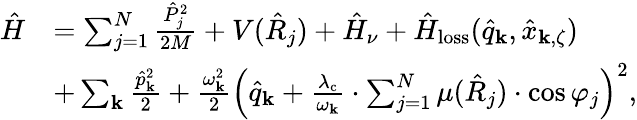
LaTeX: \begin{array}{rl}{\hat{H}}&{=\sum_{j=1}^{N}\frac{\hat{P}_{j}^{2}}{2M}+V(\hat{R}_{j})+\hat{H}_{\nu}+\hat{H}_{\mathrm{loss}}(\hat{q}_{\mathbf k},\hat{x}_{{\mathbf k},\zeta})}\\ &{+\sum_{\mathbf k}\frac{\hat{p}_{\mathbf k}^{2}}{2}+\frac{\omega_{\mathbf k}^{2}}{2}\Big(\hat{q}_{\mathbf k}+{\frac{\lambda_{\mathrm{c}}}{\omega_{\mathbf k}}}\cdot\sum_{j=1}^{N}{\mu}(\hat{R}_{j})\cdot\cos\varphi_{j}\Big)^{2},}\end{array}